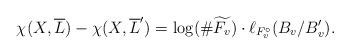
LaTeX: \begin{align*} \chi(X,\overline{L}) - \chi(X,\overline{L}') = \log(\# \widetilde{F_v}) \cdot \ell_{F_v^\circ}(B_v/B_v').\end{align*}